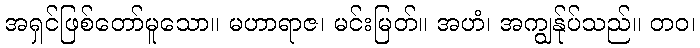
အရှင်ဖြစ်တော်မူသော။ မဟာရာဇ၊ မင်းမြတ်။ အဟံ၊ အကျွန်ုပ်သည်။ တဝ၊